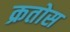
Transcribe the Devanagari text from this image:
क्रतोस